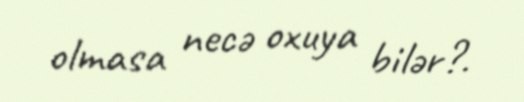
olmasa necə oxuya bilər?.